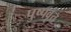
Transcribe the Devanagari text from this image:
पुष्पवृंत